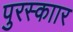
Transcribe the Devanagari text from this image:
पुरस्काार